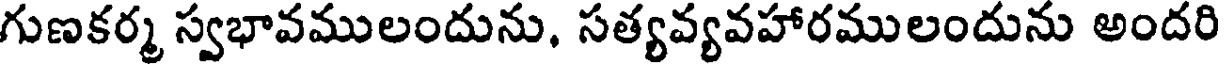
గుణకర్మ స్వభావములందును, సత్యవ్యవహారములందును అందరి